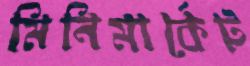
মিনিমার্কেট